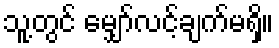
သူ့တွင် မျှော်လင့်ချက်မရှိ။